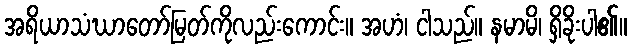
အရိယာသံဃာတော်မြတ်ကိုလည်းကောင်း။ အဟံ၊ ငါသည်။ နမာမိ၊ ရှိခိုးပါ၏။